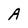
Character: A